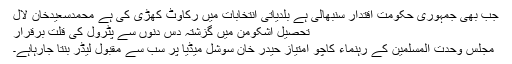
جب بھی جمہوری حکومت اقتدار سنبھالی ہے بلدیاتی انتخابات میں رکاوٹ کھڑی کی ہے محمدسعیدخان لال
تحصیل اشکومن میں گزشتہ دس دنوں سے پٹرول کی قلت برقرار
مجلس وحدت المسلمین کے رہنماء کاچو امتیاز حیدر خان سوشل میڈیا پر سب سے مقبول لیڈر بنتا جارہاہے۔